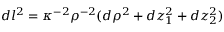
d l ^ { 2 } = \kappa ^ { - 2 } \rho ^ { - 2 } ( d \rho ^ { 2 } + d z _ { 1 } ^ { 2 } + d z _ { 2 } ^ { 2 } ) ~ ~ ~